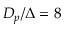
D _ { p } / \Delta = 8